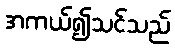
အကယ်၍သင်သည်